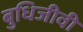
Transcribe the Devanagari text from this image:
बुधिजीवी